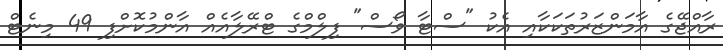
ރާއްޖޭގެ އާމަންޒަރުތަކަކާއި އެކު "ސްޓާ ވޯސް" ފިލްމްގެ ޓްރޭލާއެއް އާންމުކޮށްފި 49 މިނެޓް